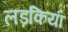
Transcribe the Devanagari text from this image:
लड़कियॉं